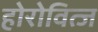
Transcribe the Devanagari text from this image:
होरोवित्ज